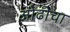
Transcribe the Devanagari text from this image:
ओढीचा